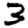
Digit: 3